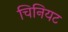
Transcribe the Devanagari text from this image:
चिनियट